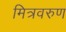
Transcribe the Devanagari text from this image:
मित्रवरुण